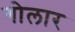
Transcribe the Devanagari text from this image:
गोलार